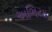
અભિયા